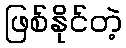
ဖြစ်နိုင်တဲ့